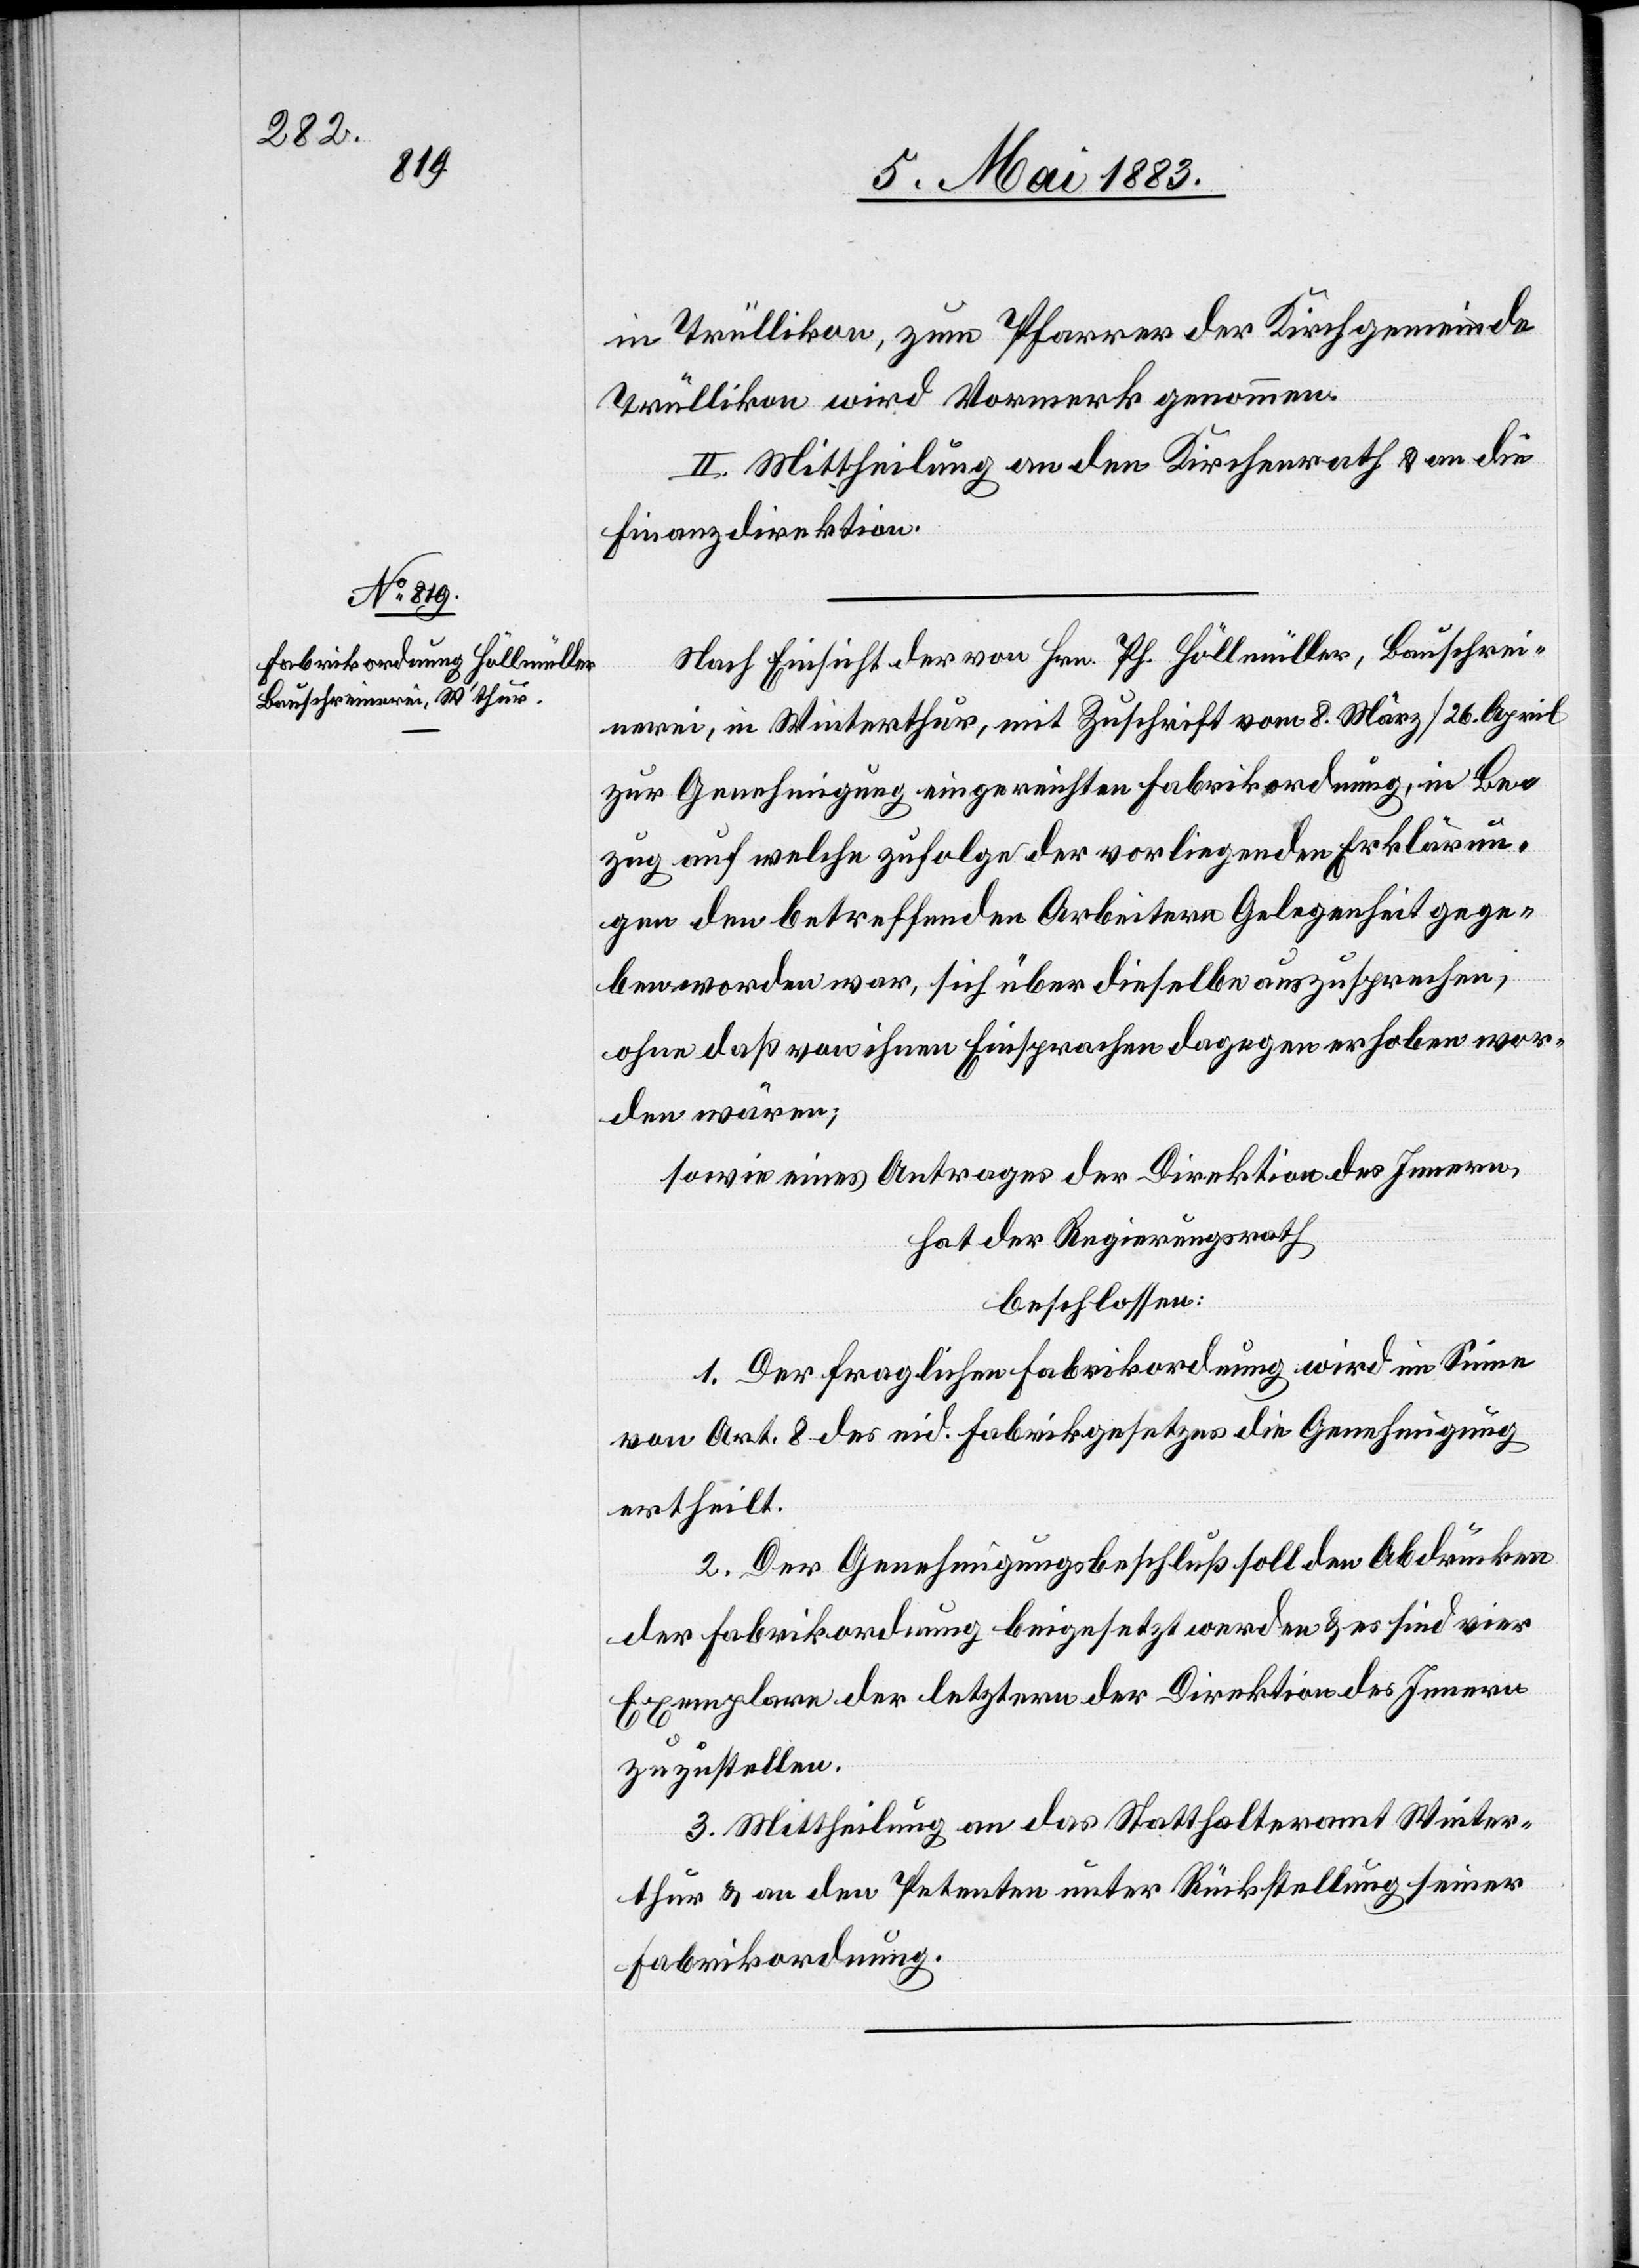
in Trüllikon, zum Pfarrer der Kirchgemeinde
Trüllikon wird Vormerk genommen.
II. Mittheilung an den Kirchenrath & an die
Finanzdirektion.
Nach Einsicht der von Hrn. Pf. Höllmüller, Bauschrei¬
nerei, in Winterthur, mit Zuschrift vom 8. März/26. April
zur Genehmigung eingereichten Fabrikordnung, in Be¬
zug auf welche zufolge der vorliegenden Erklärun¬
gen den betreffenden Arbeitern Gelegenheit gege¬
ben worden war, sich über dieselbe auszusprechen,
ohne daß von ihnen Einsprachen dagegen erhoben wor¬
den wären;
sowie eines Antrages der Direktion des Innern,
hat der Regierungsrath
beschlossen:
1. Der fraglichen Fabrikordnung wird im Sinne
von Art. 8 des eid. Fabrikgesetzes die Genehmigung
ertheilt.
2. Der Genehmigungsbeschluß soll den Abdrücken
der Fabrikordnung beigesetzt werden & es sind vier
Exemplare der letztern der Direktion des Innern
zuzustellen.
3. Mittheilung an das Statthalteramt Winter¬
thur & an den Petenten unter Rückstellung seiner
Fabrikordnung.